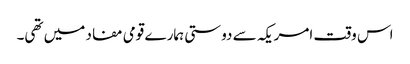
اس وقت امریکہ سے دوستی ہمارے قومی مفاد میں تھی۔